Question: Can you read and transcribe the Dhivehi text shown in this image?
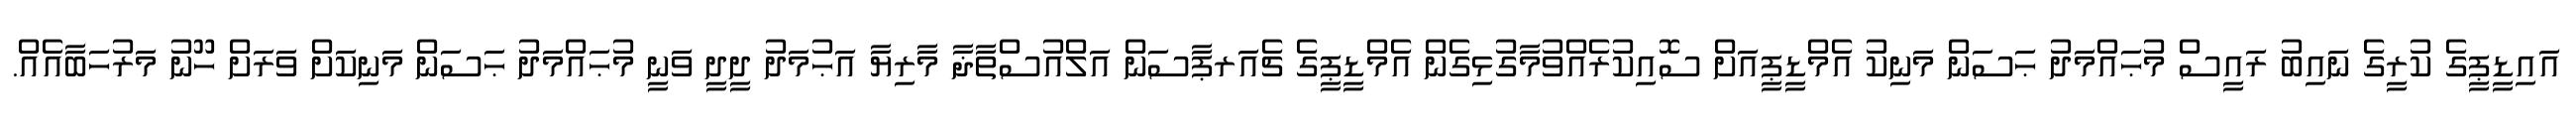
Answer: އައިޑީޕީގެ ކުރީގެ ނައިބު ރައީސް މުޙައްމަދު ޙަސަން މަނިކު އެމްޑީޕީއަށް ސޮއިކުރެއްވުމާގުޅިގެން އެމްޑީޕީގެ ޗެއަރޕާސަން އަލްއުސްތާޛާ މާރިޔާ އަޙުމަދު ދީދީ ވަނީ މުޙައްމަދު ޙަސަން މަނިކަށް ވަރަށް ހޫނު މަރުހަބާއެއް.